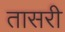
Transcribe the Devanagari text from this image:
तासरी